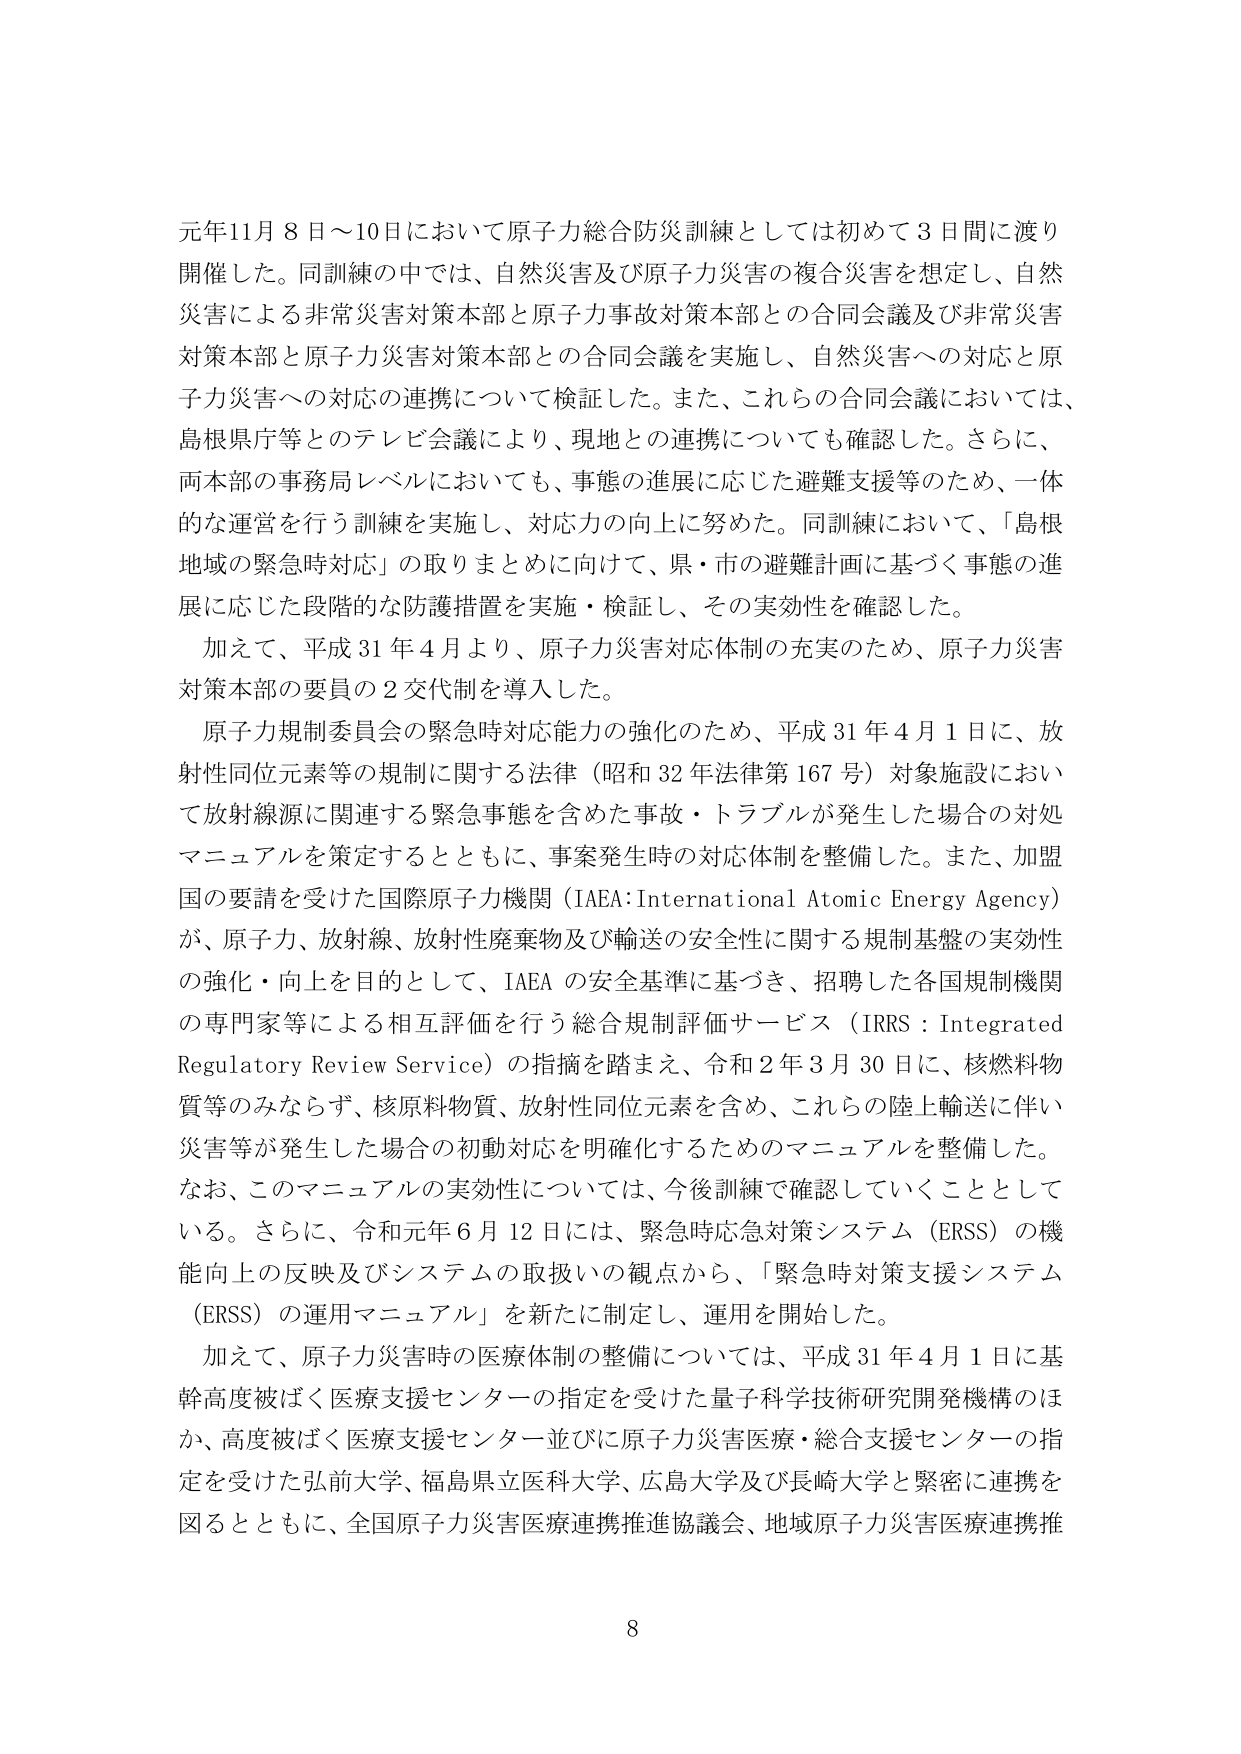
元年11月8日～10日において原子力総合防災訓練としては初めて3日間に渡り開催した。同訓練の中では、自然災害及び原子力災害の複合災害を想定し、自然災害による非常災害対策本部と原子力事故対策本部との合同会議及び非常災害対策本部と原子力災害対策本部との合同会議を実施し、自然災害への対応と原子力災害への対応の連携について検証した。また、これらの合同会議においては、島根県庁等とのテレビ会議により、現地との連携についても確認した。さらに、両本部の事務局レベルにおいても、事態の進展に応じた避難支援等のため、一体的な運営を行う訓練を実施し、対応力の向上に努めた。同訓練において、「島根地域の緊急時対応」の取りまとめに向けて、県・市の避難計画に基づく事態の進展に応じた段階的な防護措置を実施・検証し、その実効性を確認した。

加えて、平成31年4月より、原子力災害対応体制の充実のため、原子力災害対策本部の要員の2交代制を導入した。

原子力規制委員会の緊急時対応能力の強化のため、平成31年4月1日に、放射性同位元素等の規制に関する法律（昭和32年法律第167号）対象施設において放射線源に関連する緊急事態を含めた事故・トラブルが発生した場合の対処マニュアルを策定するとともに、事案発生時の対応体制を整備した。また、加盟国の要請を受けた国際原子力機関（IAEA：International Atomic Energy Agency）が、原子力、放射線、放射性廃棄物及び輸送の安全性に関する規制基盤の実効性の強化・向上を目的として、IAEAの安全基準に基づき、招聘した各国規制機関の専門家等による相互評価を行う総合規制評価サービス（IRRS：Integrated Regulatory Review Service）の指摘を踏まえ、令和2年3月30日に、核燃料物質等のみならず、核原料物質、放射性同位元素を含め、これらの陸上輸送に伴い災害等が発生した場合の初動対応を明確化するためのマニュアルを整備した。なお、このマニュアルの実効性については、今後訓練で確認していくこととしている。さらに、令和元年6月12日には、緊急時応急対策システム（ERSS）の機能向上の反映及びシステムの取扱いの観点から、「緊急時対策支援システム（ERSS）の運用マニュアル」を新たに制定し、運用を開始した。

加えて、原子力災害時の医療体制の整備については、平成31年4月1日に基幹高度被ばく医療支援センターの指定を受けた量子科学技術研究開発機構のほか、高度被ばく医療支援センター並びに原子力災害医療・総合支援センターの指定を受けた弘前大学、福島県立医科大学、広島大学及び長崎大学と緊密に連携を図るとともに、全国原子力災害医療連携推進協議会、地域原子力災害医療連携推

8